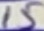
Text: 15